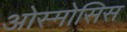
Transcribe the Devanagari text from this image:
ओस्मोसिस